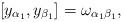
LaTeX: \begin{align*}\left[ y_{\alpha _{1}},y_{\beta _{1}}\right] =\omega _{\alpha _{1}\beta_{1}}, \end{align*}